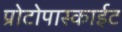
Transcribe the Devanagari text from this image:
प्रोटोपास्काईट